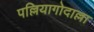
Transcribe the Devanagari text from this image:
पल्लियागोदाल्ला